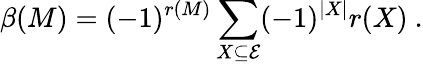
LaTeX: \beta(M)=(-1)^{r(M)}\sum_{X\subseteq\mathcal{E}}(-1)^{|X|}r(X)\ .